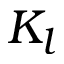
K _ { l }